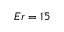
E r = 1 5